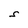
Character: S